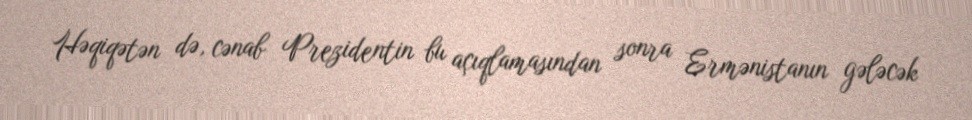
Həqiqətən də, cənab Prezidentin bu açıqlamasından sonra Ermənistanın gələcək